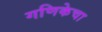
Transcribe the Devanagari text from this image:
गणिकेचा